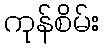
ကုန်စိမ်း